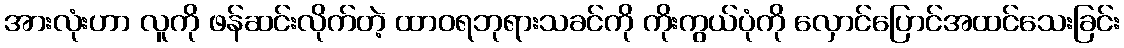
အားလုံးဟာ လူကို ဖန်ဆင်းလိုက်တဲ့ ထာဝရဘုရားသခင်ကို ကိုးကွယ်ပုံကို လှောင်ပြောင်အထင်သေးခြင်း